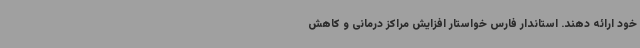
خود ارائه دهند. استاندار فارس خواستار افزایش مراکز درمانی و کاهش